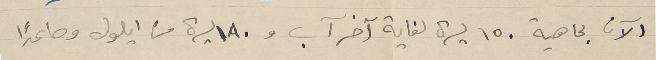
الآن بماهية ١٥٠ ليرة لغاية آخر آب و١٨٠ ليرة من أيلول وصاعداً